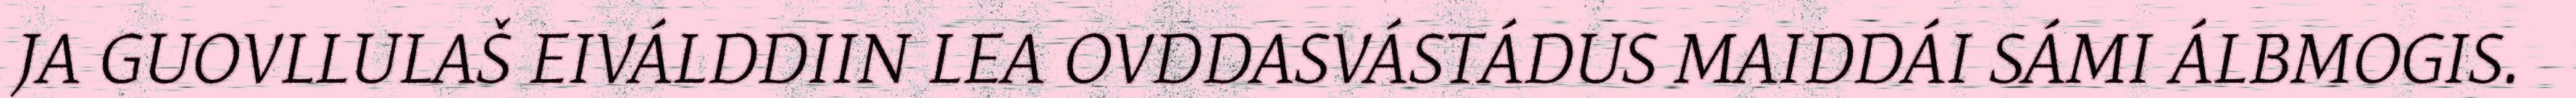
JA GUOVLLULAŠ EIVÁLDDIIN LEA OVDDASVÁSTÁDUS MAIDDÁI SÁMI ÁLBMOGIS.